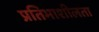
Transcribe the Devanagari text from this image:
प्रतिभाशीलता